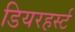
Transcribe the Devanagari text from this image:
डियरहर्स्ट